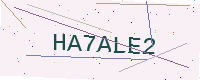
Text: HA7ALE2